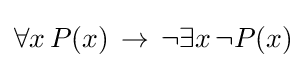
\forall x\,P(x)\,\to \,\neg \exists x\,\neg P(x)